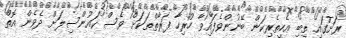
ރަށުގައި ތިބި އެހީތެރިކަން ބޭނުންވެފައިވާ ހުރިހާ ފަރާތްތަކަށް ވެސް ކައުންސިލަށް ދެވެން އޮތް